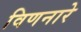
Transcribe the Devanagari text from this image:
विणनारे